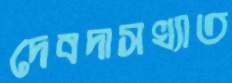
দেবদাসখ্যাত